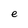
Character: e